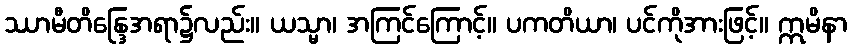
ဿာမီတိန္ဒြေအရာ၌လည်း။ ယသ္မာ၊ အကြင်ကြောင့်။ ပကတိယာ၊ ပင်ကိုအားဖြင့်။ ဣမိနာ